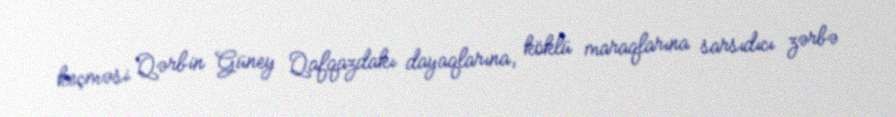
keçməsi Qərbin Güney Qafqazdakı dayaqlarına, köklü maraqlarına sarsıdıcı zərbə